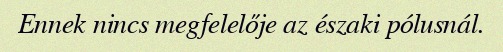
Ennek nincs megfelelője az északi pólusnál.